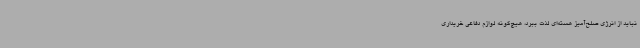
نباید از انرژی صلح‌آمیز هسته‌ای لذت ببرد، هیچ‌گونه لوازم دفاعی خریداری